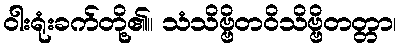
ဝါးရုံးခက်တို့၏။ သံသိဗ္ဗိတဝိသိဗ္ဗိတတ္တာ၊